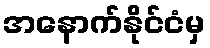
အနောက်နိုင်ငံမှ